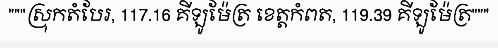
"""ស្រុកតំបែរ, 117.16 គីឡូម៉ែត្រ ខេត្តកំពត, 119.39 គីឡូម៉ែត្រ"""